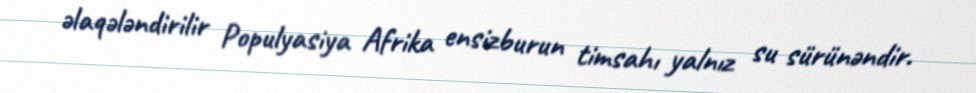
əlaqələndirilir Populyasiya Afrika ensizburun timsahı yalnız su sürünəndir.